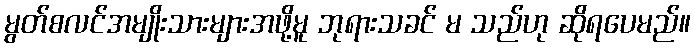
မွတ်စလင်အမျိုးသားများအဖို့မူ ဘုရားသခင် မ သည်ဟု ဆိုရပေမည်။